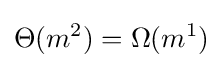
\Theta (m^{2})=\Omega (m^{1})